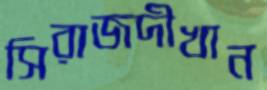
সিরাজদীখান